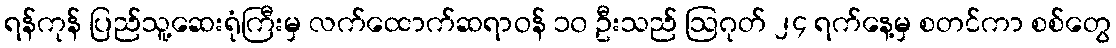
ရန်ကုန် ပြည်သူ့ဆေးရုံကြီးမှ လက်ထောက်ဆရာဝန် ၁၀ ဦးသည် ဩဂုတ် ၂၄ ရက်နေ့မှ စတင်ကာ စစ်တွေ